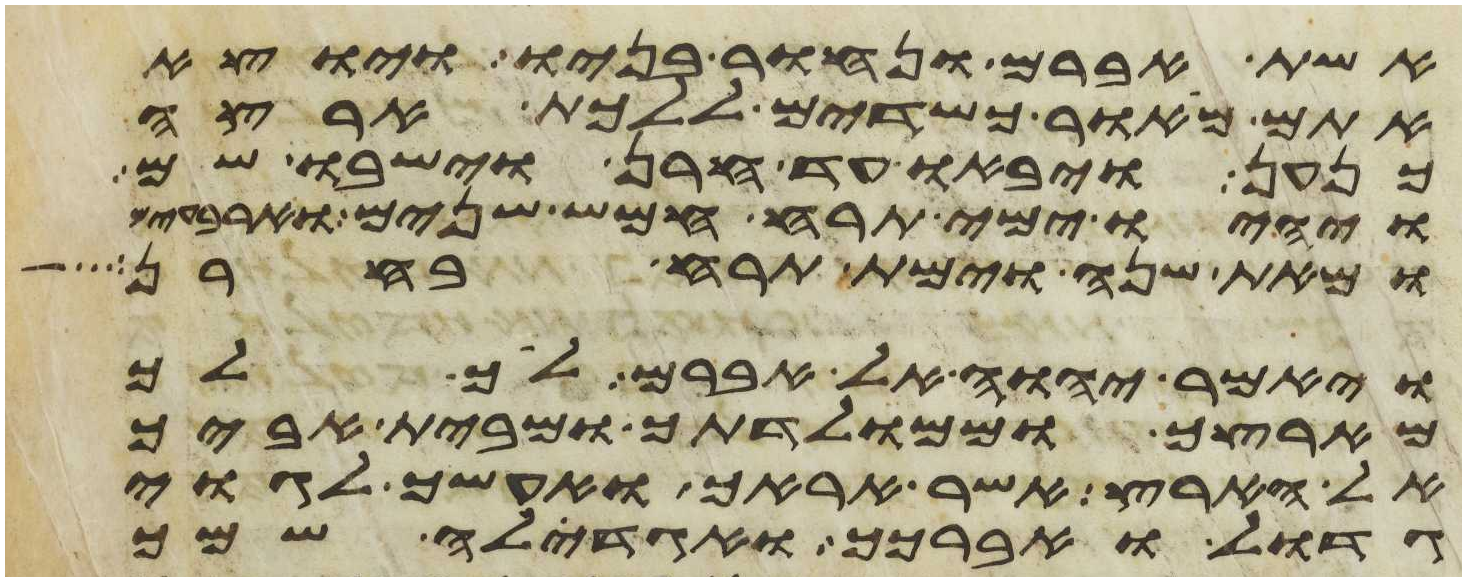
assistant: אשת אברם ונחור בניו ויוצא
אתם מאור כשדים ללכת ארצה
כנען ויבאו עד חרן וישבו שם
ויהיו ימי תרח חמש שנים וארבעים
ומאת שנה וימת תרח בחרן
ויאמר יהוה אל אברם לך לך
מארצך וממולדתך ומבית אביך
אל הארץ אשר אראך ואעשך לגוי
גדול ואברכך ואגדלה שמך